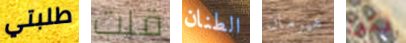
طلبتي قلت الطنان هيرمان تكن